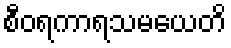
စီဝရကာရသမယေတိ